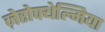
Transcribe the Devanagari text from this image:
ज़ेरोफ्थेल्मिया